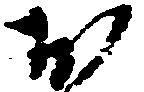
お